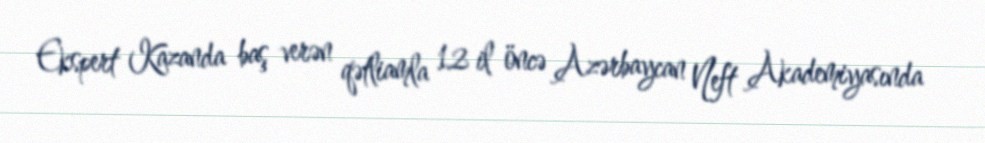
Ekspert Kazanda baş verən qətliamla 12 il öncə Azərbaycan Neft Akademiyasında